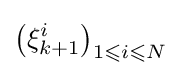
\left(\xi _{k+1}^{i}\right)_{1\leqslant i\leqslant N}